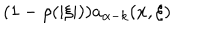
( 1 - \rho ( | \xi | ) ) a _ { \alpha - k } ( x , \xi )